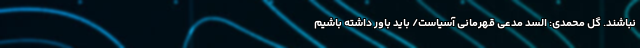
نباشند. گل محمدی: السد مدعی قهرمانی آسیاست/ باید باور داشته باشیم